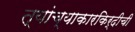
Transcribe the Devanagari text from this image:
त्यांच्याकारकिर्दीची